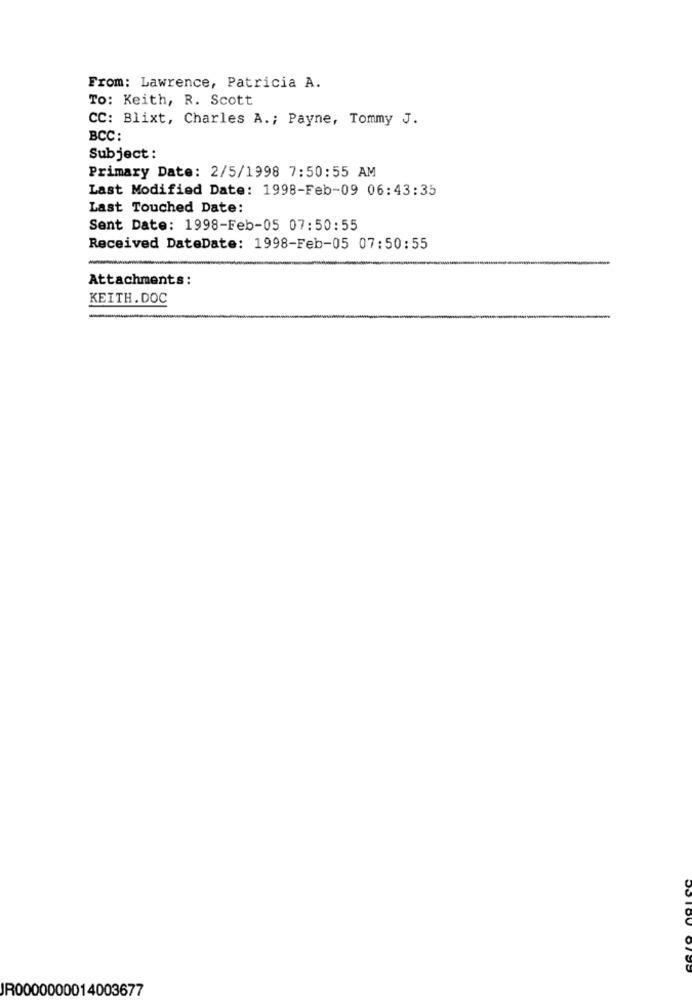
From: Lawrence, Patricia A.
To: Keith, R. Scott
CC: Blixt, Charles A .; Payne, Tommy J.
BCC:
Subject :
Primary Date: 2/5/1998 7:50:55 AM
Last Modified Date: 1998-Feb-09 06:43:35
Last Touched Date:
Sent Date: 1998-Feb-05 07:50:55
Received DateDate: 1998-Feb-05 07:50:55
Attachments:
KEITH.DOC
JR0000000014003677